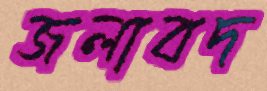
জলাবদ